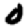
Digit: 0